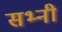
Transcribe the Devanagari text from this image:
सभ्नी